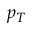
p _ { T }